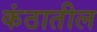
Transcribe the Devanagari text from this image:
कंठातील